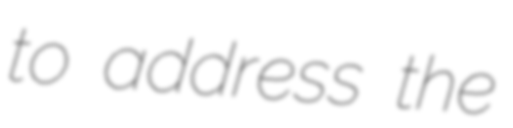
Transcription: to address the